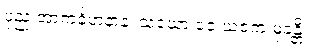
ပုညံ အာကင်္ခဟနာနံ၊ သံဃော ဝေ ယဇကံ မုခန္တိ။